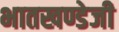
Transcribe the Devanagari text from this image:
भातखण्डेजी